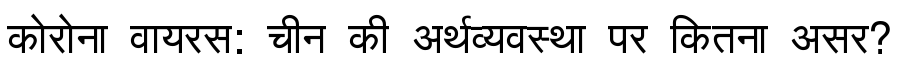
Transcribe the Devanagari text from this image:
कोरोना वायरस: चीन की अर्थव्यवस्था पर कितना असर?